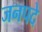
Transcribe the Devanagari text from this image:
जनपदे